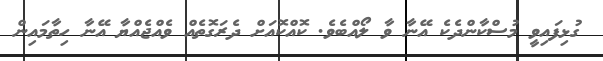
ގުޅިފައިވީ މުސްކާންދެކެ އޭނާ ވާ ލޯއްބެވެ. ކޮއްކޮއަށް ދެރަގޮތެއް ވެއްޖެއްޔާ އޭނާ ހިތާމައިން